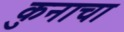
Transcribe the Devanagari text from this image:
कुनाचा